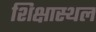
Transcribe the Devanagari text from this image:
शिक्षास्थल